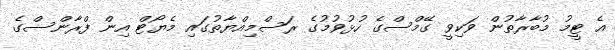
އެ ޓީމު މުބާރާތުން ވަކިވީ ގޭމްސްގެ ހުޅުވުމުގެ ރަސްމިއްޔާތުގައި މެޔޯޓް އިން ފްރާންސްގެ